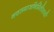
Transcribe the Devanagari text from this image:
नवसमाजनिर्मितीसाठी